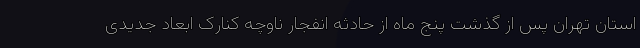
استان تهران پس از گذشت پنج ماه از حادثه انفجار ناوچه کنارک ابعاد جدیدی